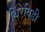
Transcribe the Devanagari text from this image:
थिरेविडी